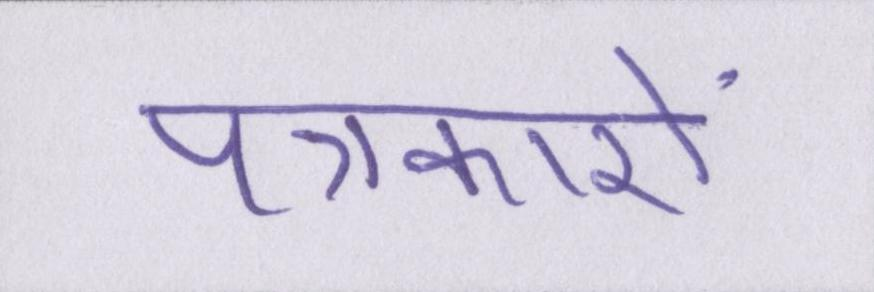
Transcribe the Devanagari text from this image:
पत्रकारों